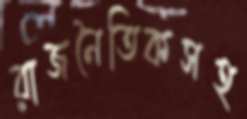
রাজনৈতিকসহ